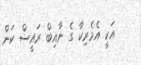
އަކީ އެމެރިކާ ގެ ނާއިބް ރައީސް ކަން